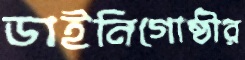
ডাইনিগোষ্ঠীর